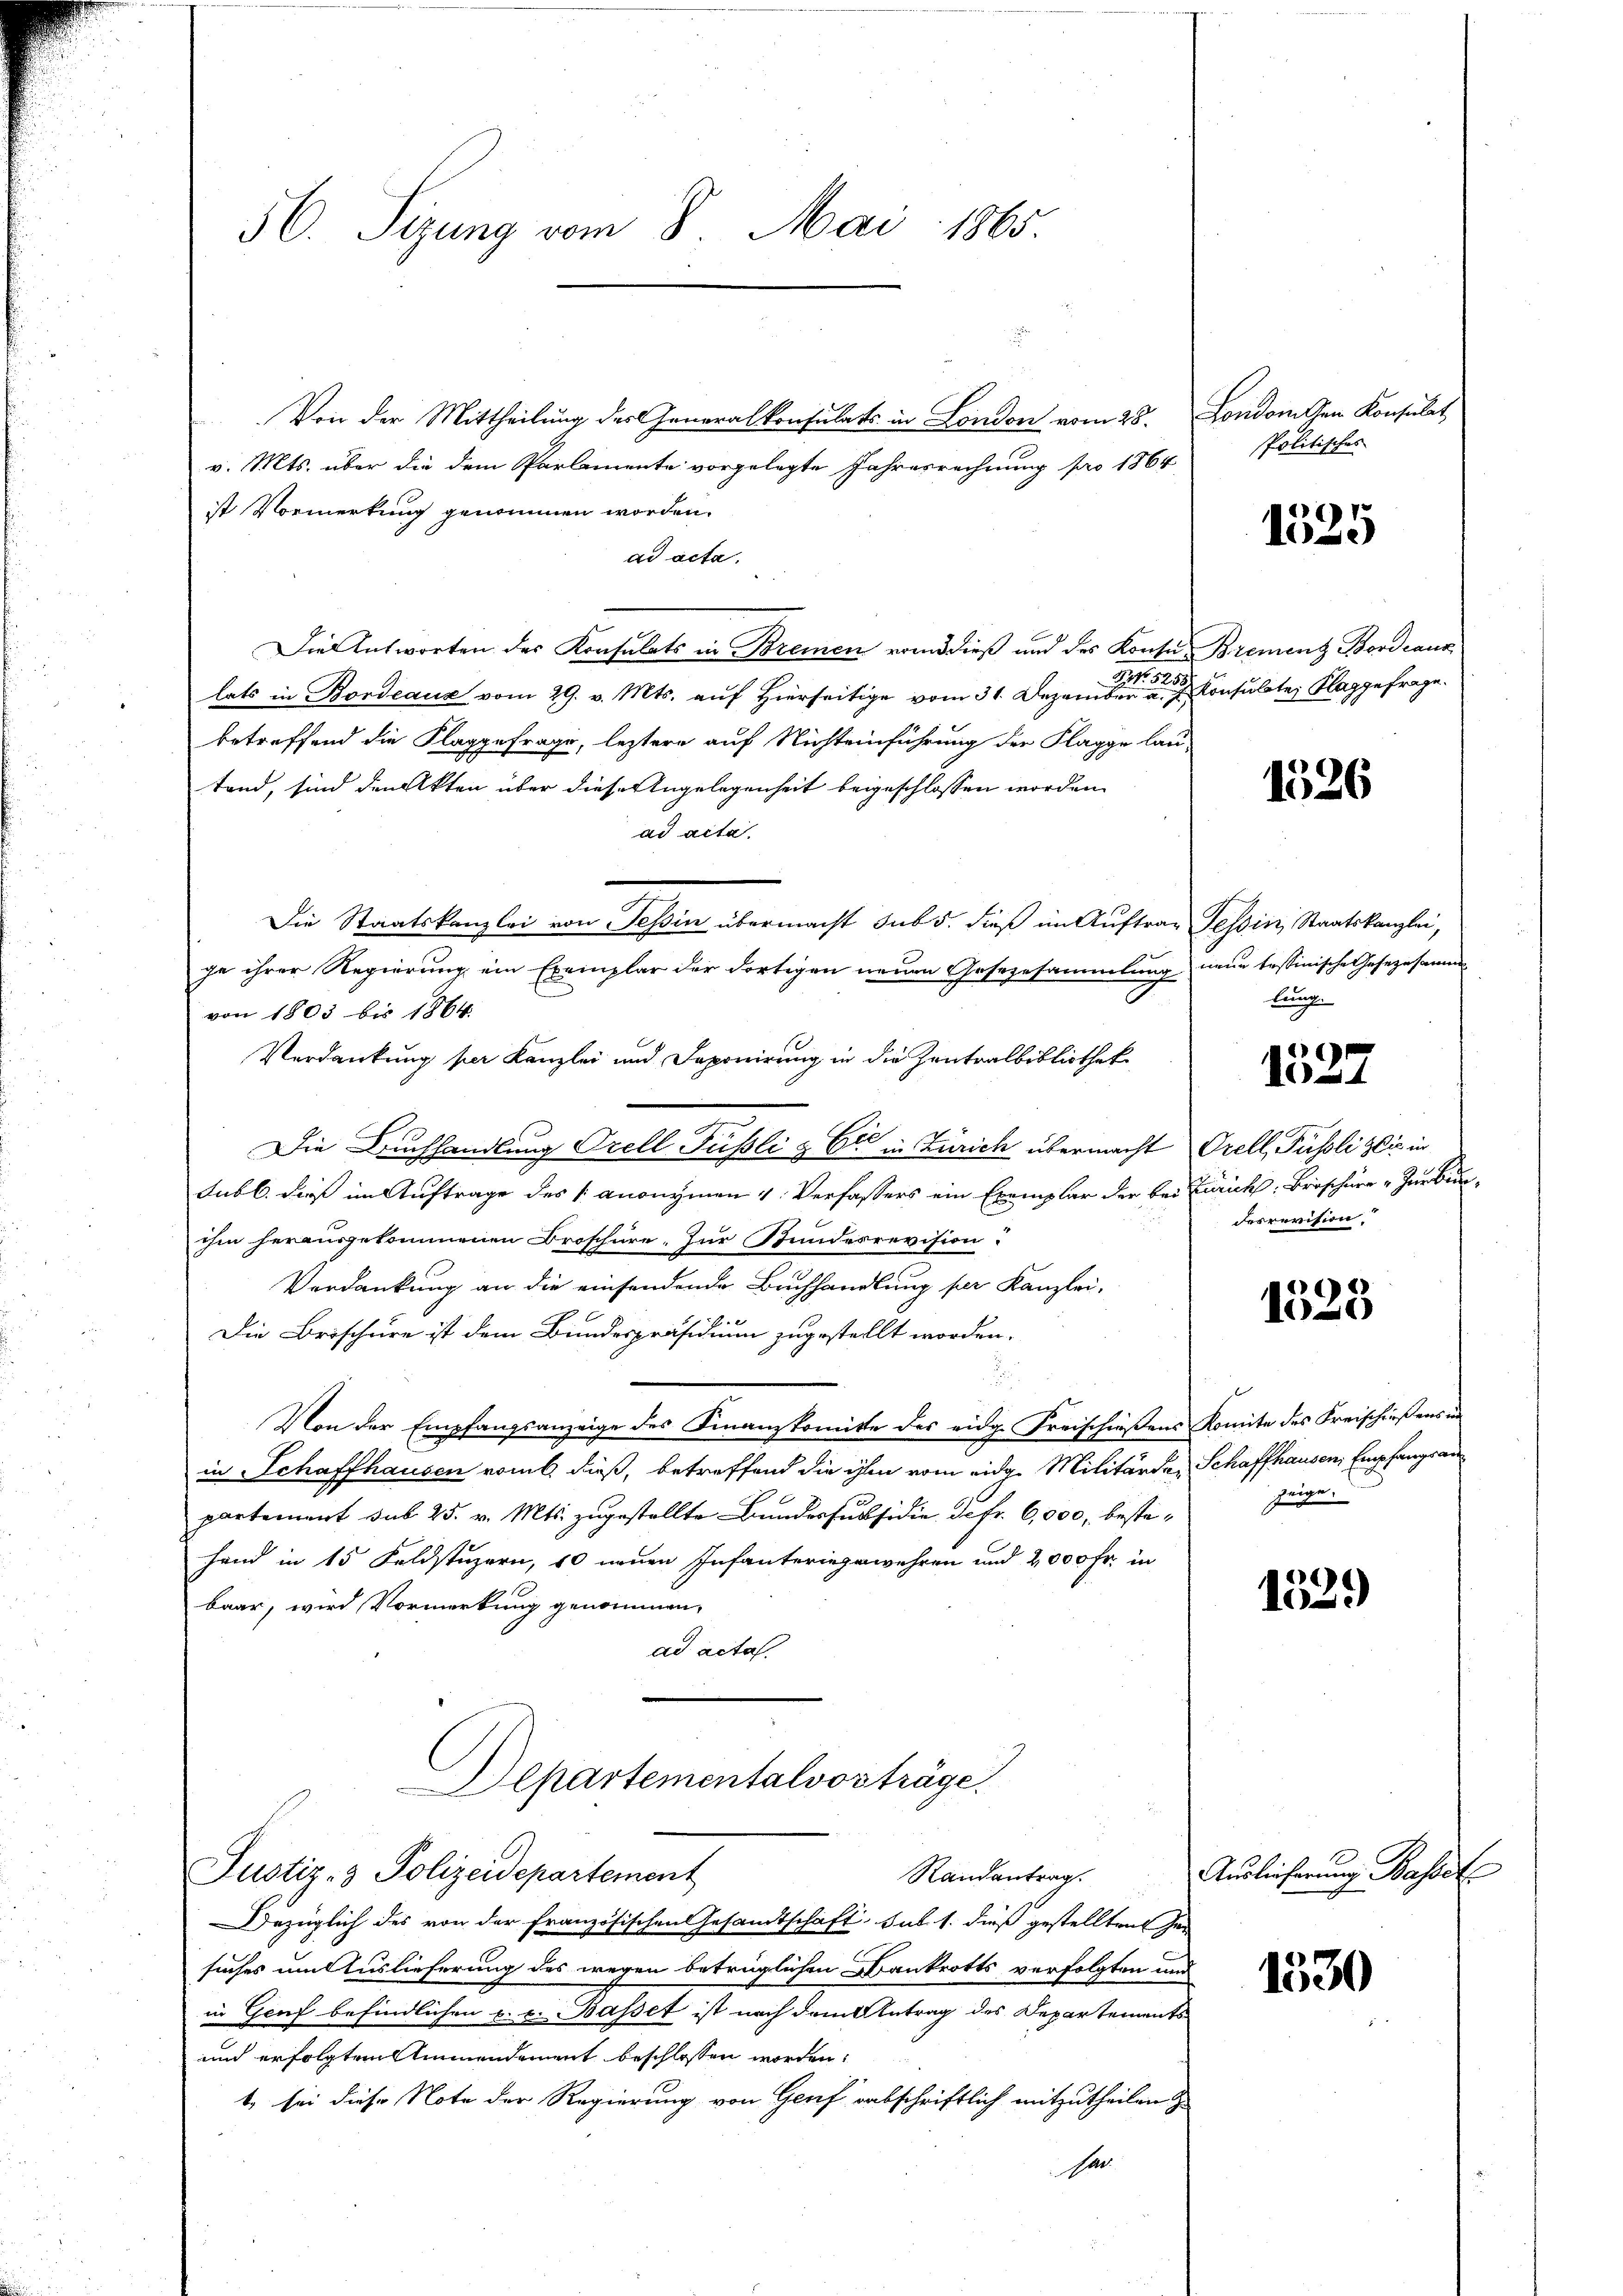
56. Sizung vom 8. Mai 1865.

Von der Mittheilung des Generalkonsulats in London vom 28. Londonen Konsulat
v. Mts. über die dem Parlamente vorgelegte Jahresrechnung pro 1864
ist Vormerkung genommen worden.
ad acta.
Die Antworten des Konsulats in Bremen rend dieß und des Konsu Brement Bordeaus
NNo. 5258
lats in Bordeaux vom 29. v. Mts. auf Hierseitige vom 31. Dezember als Konsulater Klaggefrage.
betreffend die Klaggefrage, leztere auf Nichteinführung der Klagge lau-
tand, sind den Akten über diese Angelegenheit beigeschlossen worden
ad acta.
Die Staatskanzlei von Tessin übermacht sub 5. dieß im Auftrag Tessin, Staatskanzlei,
je ihrer Regierung ein Exemplar der dortigen neuen Gesezesammlung neue tessinische Gesezesamm
von 1803 bis 1864.
Verdankung per Kanzlei und Daponirung in die Zentralbibliothek
Die Lunchhandlung Orell Füßli & Cie in Zürich übermacht Orell, Püsslizlis in
Fubl. dieß im Auftrage des kanonymen 4. Verfassers ein Exemplar der bei Zürich, Brischere Zurkun
ihm herausgekommenen Droschüre, zur Stundesrevision
Verdankung an die einsendende Buchhandlung per Kanzlei-
Die Beischere ist dem Bundespräsidium zugestellt worden.
.
Von der Empfangsanzeige des Finanzkomitte des eidg. Freischießens Komite des Freischießens in
in Schaffhausen romt dieß, betreffend die ihm vom eidg. Militärde, Schaffhausen, Empfangsan
partement sub 25. v. Mts. zugestellte Bundessubsidie Defr. 6,000, bestehand in 15 Feldstuzern, 10 neuen Infanteriegewehren und 2000 Fr. in
baar, wird Vormerkung genommen,
ad acta.
Departementalvorträge.

Justiz- & Polizeidepartement
Randantrag.

Politisches

Bezüglich des von der französischen Gesandtschaft sub. 1. dieß gestellten se
suches um Auslieferung des wegen betrüglichen Bankrotts verfolgten und
in Genf befindlichen u. v. Basset ist nach dem Antrag des Departements
und erfolgtem Ammendement beschlossen worden.
t. sei diese Note der Regierung von Genf abschriftlich mitzutheilen z.
Par

1525

1526

lung

1527

desrevision.

1528

zeige.

1529)

Auslieferung Basset

1530